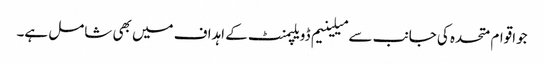
جواقوام متحدہ کی جانب سے میلینیم ڈویلپمنٹ کے اہداف میں بھی شامل ہے۔